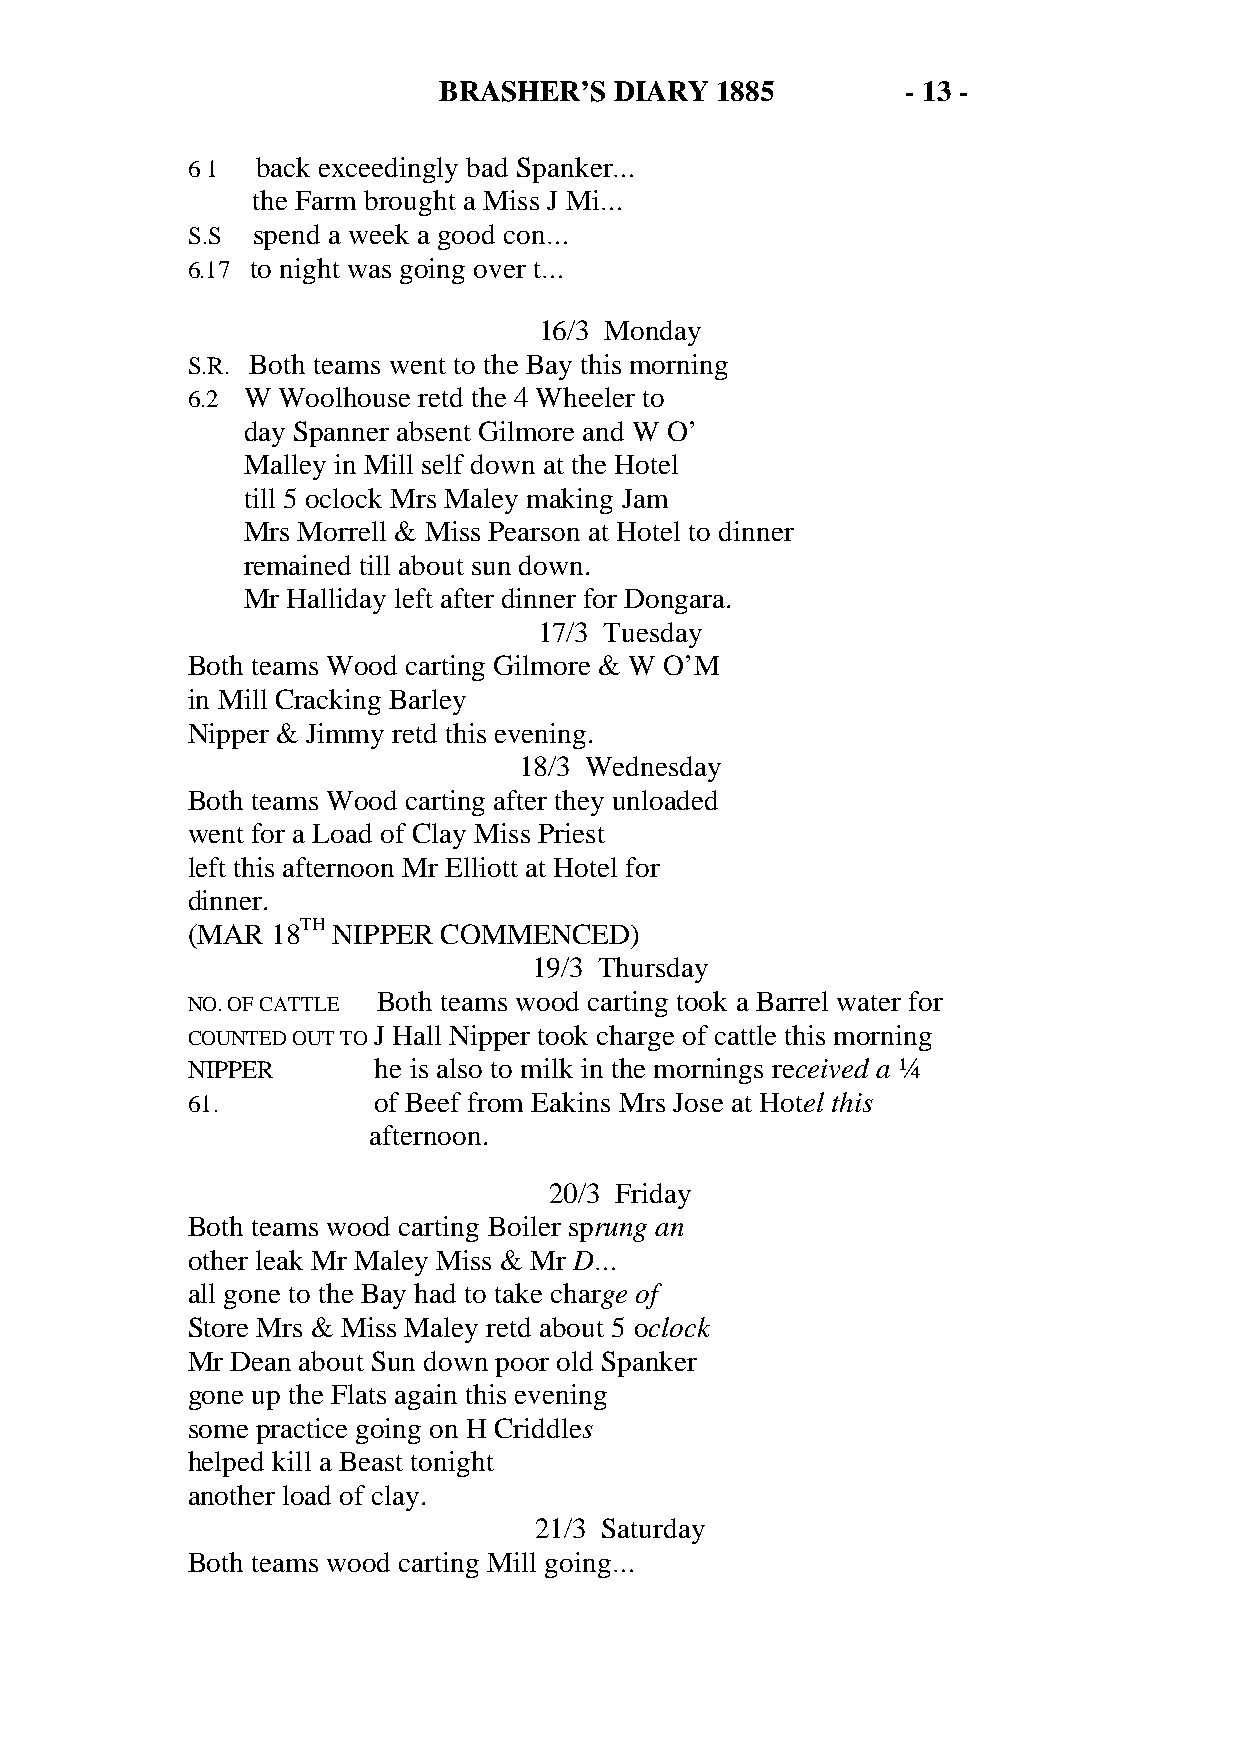
BRASHER’S   DIARY 1885         - 13 -
 6 1  back exceedingly bad Spanker…
 the Farm brought a Miss J Mi…
 S.S  spend a week a good con…
 6.17 to night was going over t…
 16/3 Monday
 S.R. Both teams went to the Bay this morning
 6.2 W Woolhouse retd the 4 Wheeler to
 day Spanner absent Gilmore and W O’
 Malley in Mill self down at the Hotel
 till 5 oclock Mrs Maley making Jam
 Mrs Morrell & Miss Pearson at Hotel to dinner
 remained till about sun down.
 Mr Halliday left after dinner for Dongara.
 17/3 Tuesday
 Both teams Wood carting Gilmore & W O’M
 in Mill Cracking Barley
 Nipper & Jimmy retd this evening.
 18/3 Wednesday
 Both teams Wood carting after they unloaded
 went for a Load of Clay Miss Priest
 left this afternoon Mr Elliott at Hotel for
 dinner.
 (MAR  18TH NIPPER COMMENCED)
 19/3 Thursday
 Both teams wood carting took a Barrel water for
 NO. OF CATTLE
 J Hall Nipper took charge of cattle this morning
 COUNTED OUT TO
 NIPPER       he is also to milk in the mornings received a ¼
 61.          of Beef from Eakins Mrs Jose at Hotel this
 afternoon.
 20/3 Friday
 Both teams wood carting Boiler sprung an
 other leak Mr Maley Miss & Mr D…
 all gone to the Bay had to take charge of
 Store Mrs & Miss Maley retd about 5 oclock
 Mr Dean about Sun down poor old Spanker
 gone up the Flats again this evening
 some practice going on H Criddles
 helped kill a Beast tonight
 another load of clay.
 21/3 Saturday
 Both teams wood carting Mill going…